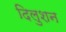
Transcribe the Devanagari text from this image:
दिलुशन